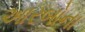
આરબોના